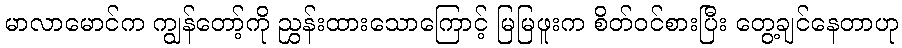
မာလာမောင်က ကျွန်တော့်ကို ညွှန်းထားသောကြောင့် မြမြဖူးက စိတ်ဝင်စားပြီး တွေ့ချင်နေတာဟု